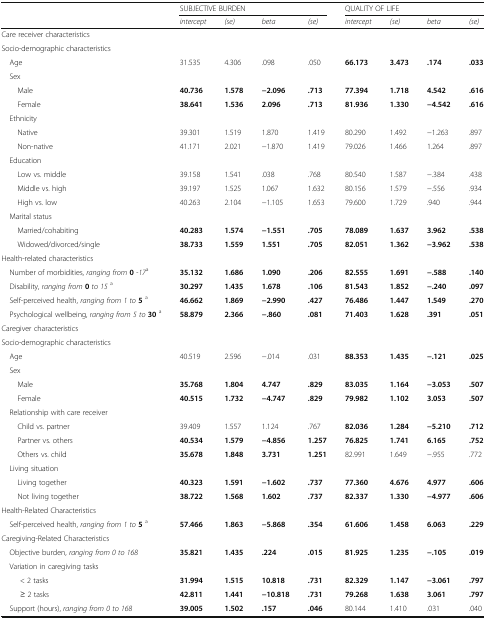
<table><thead><tr><td></td><td colspan="4"><b>SUBJECTIVE BURDEN</b></td><td colspan="4"><b>QUALITY OF LIFE</b></td></tr><tr><td></td><td><b><i>intercept</i></b></td><td><b><i>(se)</i></b></td><td><b><i>beta</i></b></td><td><b><i>(se)</i></b></td><td><b><i>intercept</i></b></td><td><b><i>(se)</i></b></td><td><b><i>beta</i></b></td><td><b><i>(se)</i></b></td></tr></thead><tbody><tr><td colspan="9">Care receiver characteristics</td></tr><tr><td colspan="9">Socio-demographic characteristics</td></tr><tr><td> Age</td><td>31.535</td><td>4.306</td><td>.098</td><td>.050</td><td><b>66.173</b></td><td><b>3.473</b></td><td><b>.174</b></td><td><b>.033</b></td></tr><tr><td colspan="9"> Sex</td></tr><tr><td>Male</td><td><b>40.736</b></td><td><b>1.578</b></td><td><b>−2.096</b></td><td><b>.713</b></td><td><b>77.394</b></td><td><b>1.718</b></td><td><b>4.542</b></td><td><b>.616</b></td></tr><tr><td>Female</td><td><b>38.641</b></td><td><b>1.536</b></td><td><b>2.096</b></td><td><b>.713</b></td><td><b>81.936</b></td><td><b>1.330</b></td><td><b>−4.542</b></td><td><b>.616</b></td></tr><tr><td colspan="9"> Ethnicity</td></tr><tr><td>Native</td><td>39.301</td><td>1.519</td><td>1.870</td><td>1.419</td><td>80.290</td><td>1.492</td><td>−1.263</td><td>.897</td></tr><tr><td>Non-native</td><td>41.171</td><td>2.021</td><td>−1.870</td><td>1.419</td><td>79.026</td><td>1.466</td><td>1.264</td><td>.897</td></tr><tr><td colspan="9"> Education</td></tr><tr><td>Low vs. middle</td><td>39.158</td><td>1.541</td><td>.038</td><td>.768</td><td>80.540</td><td>1.587</td><td>−.384</td><td>.438</td></tr><tr><td>Middle vs. high</td><td>39.197</td><td>1.525</td><td>1.067</td><td>1.632</td><td>80.156</td><td>1.579</td><td>−.556</td><td>.934</td></tr><tr><td>High vs. low</td><td>40.263</td><td>2.104</td><td>−1.105</td><td>1.653</td><td>79.600</td><td>1.729</td><td>.940</td><td>.944</td></tr><tr><td colspan="9"> Marital status</td></tr><tr><td>Married/cohabiting</td><td><b>40.283</b></td><td><b>1.574</b></td><td><b>−1.551</b></td><td><b>.705</b></td><td><b>78.089</b></td><td><b>1.637</b></td><td><b>3.962</b></td><td><b>.538</b></td></tr><tr><td>Widowed/divorced/single</td><td><b>38.733</b></td><td><b>1.559</b></td><td><b>1.551</b></td><td><b>.705</b></td><td><b>82.051</b></td><td><b>1.362</b></td><td><b>−3.962</b></td><td><b>.538</b></td></tr><tr><td colspan="9">Health-related characteristics</td></tr><tr><td> Number of morbidities, <i>ranging from </i><b>0 </b><i>-17</i><sup>a</sup></td><td><b>35.132</b></td><td><b>1.686</b></td><td><b>1.090</b></td><td><b>.206</b></td><td><b>82.555</b></td><td><b>1.691</b></td><td><b>−.588</b></td><td><b>.140</b></td></tr><tr><td> Disability, <i>ranging from </i><b>0 </b><i>to 15</i><sup>a</sup></td><td><b>30.297</b></td><td><b>1.435</b></td><td><b>1.678</b></td><td><b>.106</b></td><td><b>81.543</b></td><td><b>1.852</b></td><td><b>−.240</b></td><td><b>.097</b></td></tr><tr><td> Self-perceived health, <i>ranging from 1 to </i><b>5 </b><sup>a</sup></td><td><b>46.662</b></td><td><b>1.869</b></td><td><b>−2.990</b></td><td><b>.427</b></td><td><b>76.486</b></td><td><b>1.447</b></td><td><b>1.549</b></td><td><b>.270</b></td></tr><tr><td> Psychological wellbeing, <i>ranging from 5 to </i><b>30 </b><sup>a</sup></td><td><b>58.879</b></td><td><b>2.366</b></td><td><b>−.860</b></td><td><b>.081</b></td><td><b>71.403</b></td><td><b>1.628</b></td><td><b>.391</b></td><td><b>.051</b></td></tr><tr><td colspan="9">Caregiver characteristics</td></tr><tr><td colspan="9">Socio-demographic characteristics</td></tr><tr><td> Age</td><td>40.519</td><td>2.596</td><td>−.014</td><td>.031</td><td><b>88.353</b></td><td><b>1.435</b></td><td><b>−.121</b></td><td><b>.025</b></td></tr><tr><td colspan="9"> Sex</td></tr><tr><td>Male</td><td><b>35.768</b></td><td><b>1.804</b></td><td><b>4.747</b></td><td><b>.829</b></td><td><b>83.035</b></td><td><b>1.164</b></td><td><b>−3.053</b></td><td><b>.507</b></td></tr><tr><td>Female</td><td><b>40.515</b></td><td><b>1.732</b></td><td><b>−4.747</b></td><td><b>.829</b></td><td><b>79.982</b></td><td><b>1.102</b></td><td><b>3.053</b></td><td><b>.507</b></td></tr><tr><td colspan="9"> Relationship with care receiver</td></tr><tr><td>Child vs. partner</td><td>39.409</td><td>1.557</td><td>1.124</td><td>.767</td><td><b>82.036</b></td><td><b>1.284</b></td><td><b>−5.210</b></td><td><b>.712</b></td></tr><tr><td>Partner vs. others</td><td><b>40.534</b></td><td><b>1.579</b></td><td><b>−4.856</b></td><td><b>1.257</b></td><td><b>76.825</b></td><td><b>1.741</b></td><td><b>6.165</b></td><td><b>.752</b></td></tr><tr><td>Others vs. child</td><td><b>35.678</b></td><td><b>1.848</b></td><td><b>3.731</b></td><td><b>1.251</b></td><td>82.991</td><td>1.649</td><td>−.955</td><td>.772</td></tr><tr><td colspan="9"> Living situation</td></tr><tr><td>Living together</td><td><b>40.323</b></td><td><b>1.591</b></td><td><b>−1.602</b></td><td><b>.737</b></td><td><b>77.360</b></td><td><b>4.676</b></td><td><b>4.977</b></td><td><b>.606</b></td></tr><tr><td>Not living together</td><td><b>38.722</b></td><td><b>1.568</b></td><td><b>1.602</b></td><td><b>.737</b></td><td><b>82.337</b></td><td><b>1.330</b></td><td><b>−4.977</b></td><td><b>.606</b></td></tr><tr><td colspan="9">Health-Related Characteristics</td></tr><tr><td> Self-perceived health, <i>ranging from 1 to </i><b>5 </b><sup>a</sup></td><td><b>57.466</b></td><td><b>1.863</b></td><td><b>−5.868</b></td><td><b>.354</b></td><td><b>61.606</b></td><td><b>1.458</b></td><td><b>6.063</b></td><td><b>.229</b></td></tr><tr><td colspan="9">Caregiving-Related Characteristics</td></tr><tr><td> Objective burden, <i>ranging from 0 to 168</i></td><td><b>35.821</b></td><td><b>1.435</b></td><td><b>.224</b></td><td><b>.015</b></td><td><b>81.925</b></td><td><b>1.235</b></td><td><b>−.105</b></td><td><b>.019</b></td></tr><tr><td colspan="9"> Variation in caregiving tasks</td></tr><tr><td>&lt; 2 tasks</td><td><b>31.994</b></td><td><b>1.515</b></td><td><b>10.818</b></td><td><b>.731</b></td><td><b>82.329</b></td><td><b>1.147</b></td><td><b>−3.061</b></td><td><b>.797</b></td></tr><tr><td>≥ 2 tasks</td><td><b>42.811</b></td><td><b>1.441</b></td><td><b>−10.818</b></td><td><b>.731</b></td><td><b>79.268</b></td><td><b>1.638</b></td><td><b>3.061</b></td><td><b>.797</b></td></tr><tr><td> Support (hours), <i>ranging from 0 to 168</i></td><td><b>39.005</b></td><td><b>1.502</b></td><td><b>.157</b></td><td><b>.046</b></td><td>80.144</td><td>1.410</td><td>.031</td><td>.040</td></tr></tbody></table>